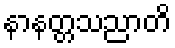
နာနတ္တသညာတိ